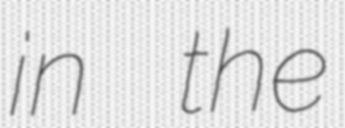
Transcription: in the